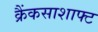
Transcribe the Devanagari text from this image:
क्रैंकसाशाफ्ट